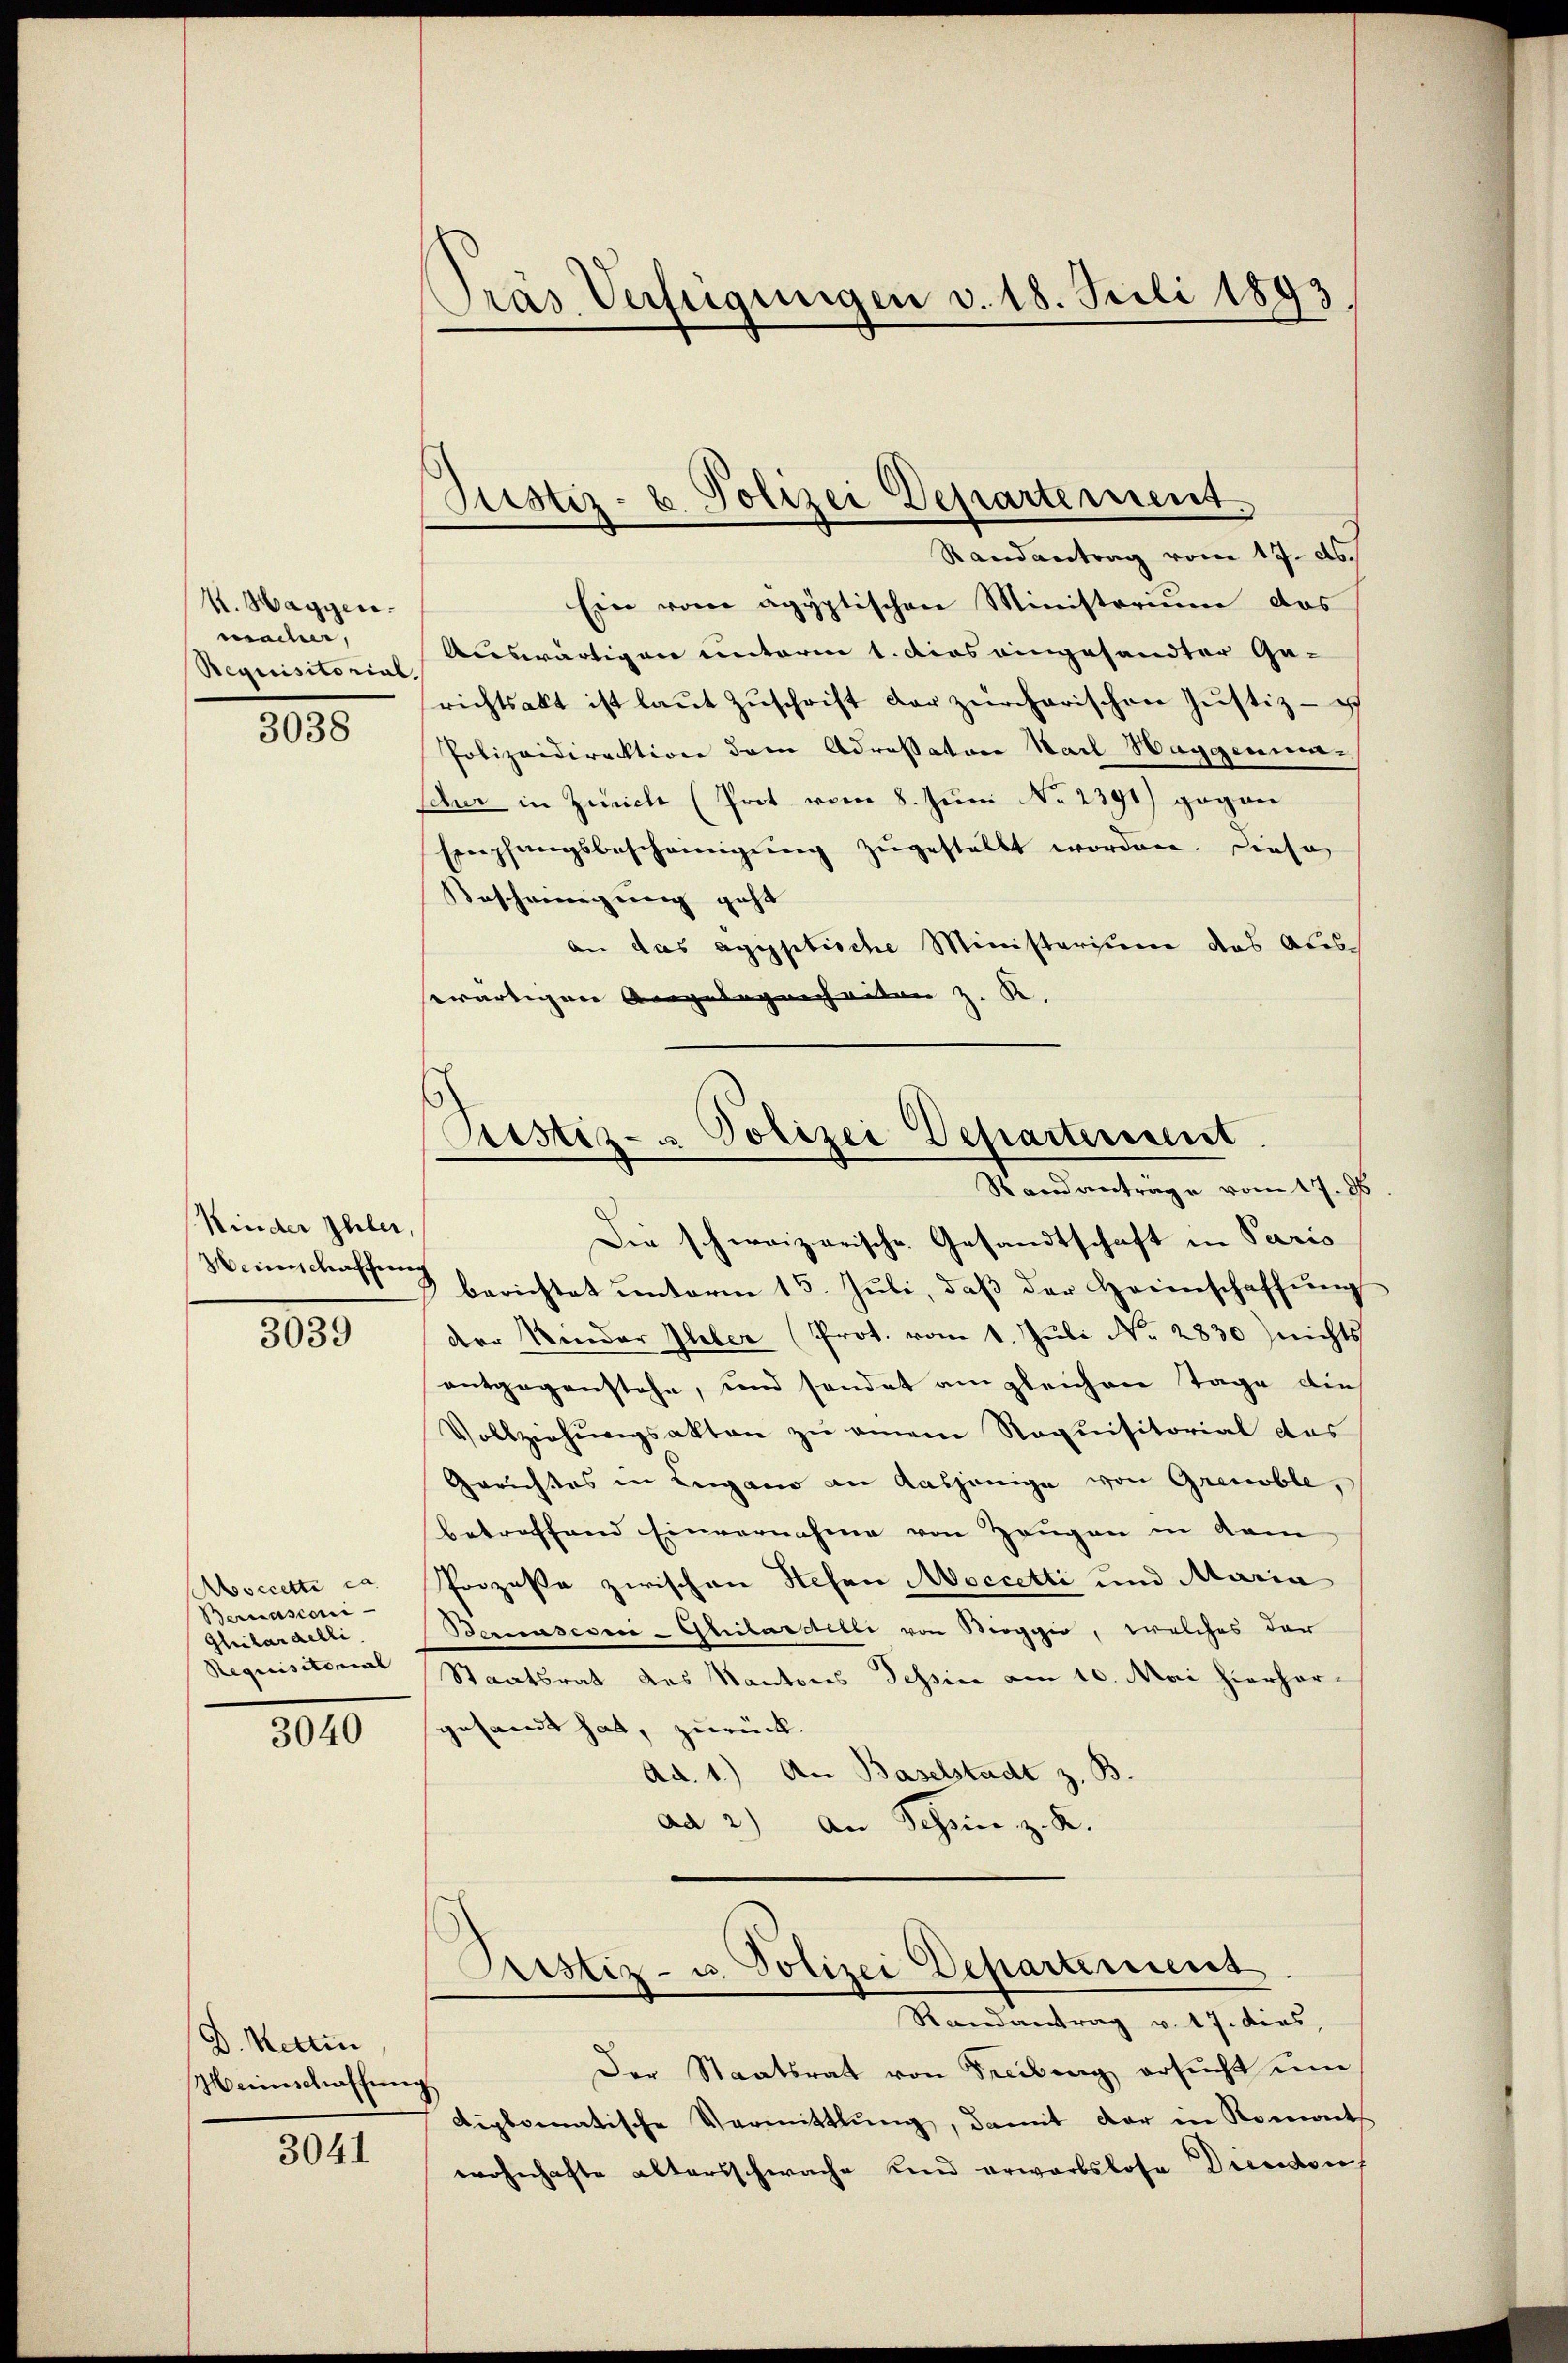
M. Haggen.
macher,
Requisitorial.

3038

Kinder Ihler
Heinschaffen

3039

Moccetti ca
Bernasconi-
Gliibardelli
Requisitorial

3040

Ein vom agyptischen Ministerium das
Auswärtigen unterm 1. dies eingesandter Ge-
richtsakt ist laŭt Zŭschrift der zürcharischen Justiz-
Polizeidirektion dem Adressatore Karl Haggenum¬
Schur in Zürich (Prot vom 8. Juni No 2391) gegan
Empfangsbescheinigŭng zŭgestellt worden. Diese
Bescheinigung geht
an das agyptische Ministerium das Aussewärtigen Angelegenheiten z. R.

D. Kettin,
Meeinschaffung

3041

Tras Verfügungen v. 18. Juli 1893

Justiz- u. Polizei Departement.
Randantrag vom 17. ds.

Pestiz- & Polizei Departement
Randantrage vom 17. 96

Pristiz- u. Polizei Departement
Randantrag v. 17. dens,

Die schweizerische Gesandtschaft in Paris
berichtet unterm 15. Juli, daß der Heimschaffung
der Kinder Ueber (Prot. vom 1. Juli No. 2830) nichts
entgegenstehe, und sendet am gleichen Tage die
Vollziehŭngsakten zŭ einem Requisitorial das
Gerichtes in Lugano an dasjenige von Grenoble,
betreffend Einvernahme von Zeugen in kam
Prozesse zwischen Stefan Moccetti und Maria
Bemasesni-Glilarstelle von Boggio, welches der
Staatsrat des Kantons Tessine am 10. Mai hierhor
gesandt hat, zurück.
Ad. 1.) An Baselstadt z. B
ad 2.) An Schin z. K.

Der Staatsrat von Freibung ersŭcht ŭm
diplomatische Vermittlung, damit der in Romant
wohnhafte altersschwache und erwartslose Dresdorf